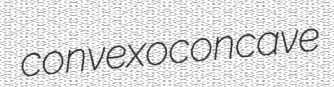
convexoconcave